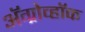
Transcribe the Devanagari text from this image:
अॅग्रोव्हॉक